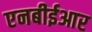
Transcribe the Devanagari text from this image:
एनबीईआर